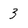
Character: 3